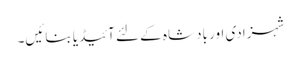
شہزادی اور بادشاہ کے لئے آئیڈیا بنائیں۔